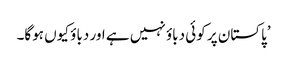
’پاکستان پر کوئی دباؤ نہیں ہے اور دباؤ کیوں ہوگا۔